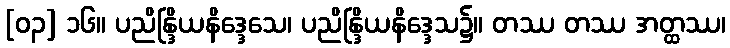
[၀၃] ၁၆။ ပညိန္ဒြိယနိဒ္ဒေသေ၊ ပညိန္ဒြိယနိဒ္ဒေသ၌။ တဿ တဿ အတ္ထဿ၊